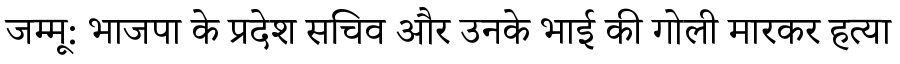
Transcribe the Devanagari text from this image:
जम्मू: भाजपा के प्रदेश सचिव और उनके भाई की गोली मारकर हत्या